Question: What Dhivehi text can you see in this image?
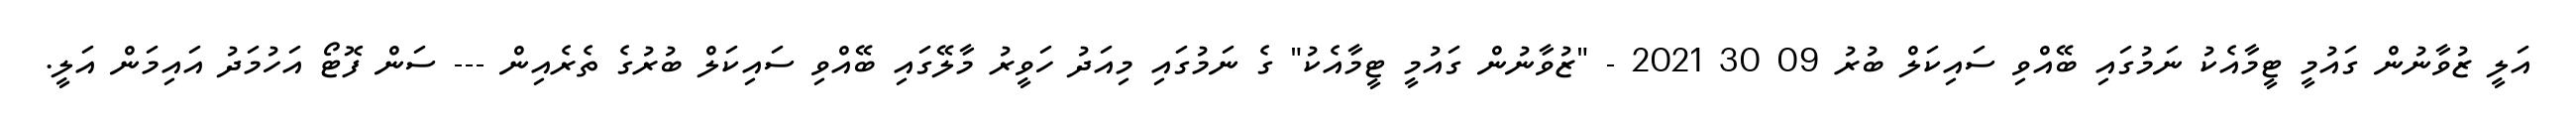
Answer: އަލީ ޒުވާނުން ގައުމީ ޓީމާއެކު ނަމުގައި ބޭއްވި ސައިކަލް ބުރު 09 30 2021 - "ޒުވާނުން ގައުމީ ޓީމާއެކު" ގެ ނަމުގައި މިއަދު ހަވީރު މާލޭގައި ބޭއްވި ސައިކަލް ބުރުގެ ތެރެއިން --- ސަން ފޮޓޯ އަހުމަދު އައިމަން އަލީ.